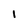
Character: l